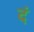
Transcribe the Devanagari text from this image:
दं